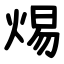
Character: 焬